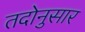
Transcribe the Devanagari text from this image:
तदोनुसार